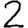
Digit: 2